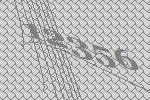
12356